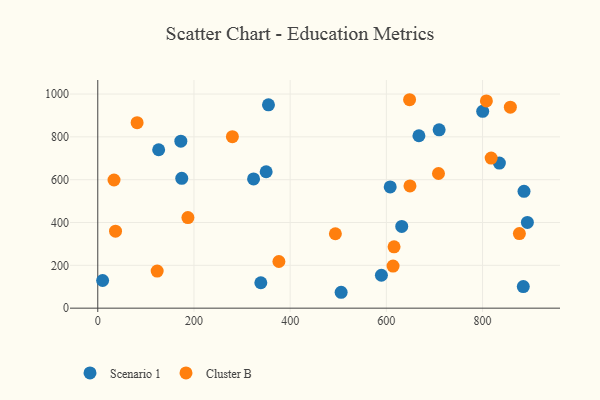
{"axis": {"x": "Investment", "y": "Yield"}, "legend": ["Cluster B", "Scenario 1"], "data": [{"x": "667.7", "y": 805.3, "type": "Scenario 1"}, {"x": "506.0", "y": 74.2, "type": "Scenario 1"}, {"x": "354.9", "y": 949.5, "type": "Scenario 1"}, {"x": "174.6", "y": 606.6, "type": "Scenario 1"}, {"x": "323.9", "y": 603.8, "type": "Scenario 1"}, {"x": "172.7", "y": 779.8, "type": "Scenario 1"}, {"x": "10.1", "y": 129.2, "type": "Scenario 1"}, {"x": "884.7", "y": 101.0, "type": "Scenario 1"}, {"x": "608.0", "y": 566.1, "type": "Scenario 1"}, {"x": "632.0", "y": 381.6, "type": "Scenario 1"}, {"x": "886.2", "y": 545.9, "type": "Scenario 1"}, {"x": "893.2", "y": 400.6, "type": "Scenario 1"}, {"x": "800.3", "y": 919.3, "type": "Scenario 1"}, {"x": "126.6", "y": 739.8, "type": "Scenario 1"}, {"x": "709.7", "y": 832.7, "type": "Scenario 1"}, {"x": "339.0", "y": 118.8, "type": "Scenario 1"}, {"x": "589.7", "y": 153.6, "type": "Scenario 1"}, {"x": "350.1", "y": 637.1, "type": "Scenario 1"}, {"x": "835.0", "y": 677.7, "type": "Scenario 1"}, {"x": "648.3", "y": 973.5, "type": "Cluster B"}, {"x": "36.9", "y": 359.4, "type": "Cluster B"}, {"x": "187.4", "y": 422.9, "type": "Cluster B"}, {"x": "708.4", "y": 628.9, "type": "Cluster B"}, {"x": "376.6", "y": 218.0, "type": "Cluster B"}, {"x": "33.8", "y": 598.5, "type": "Cluster B"}, {"x": "876.6", "y": 348.5, "type": "Cluster B"}, {"x": "857.8", "y": 938.8, "type": "Cluster B"}, {"x": "123.5", "y": 173.2, "type": "Cluster B"}, {"x": "279.9", "y": 801.1, "type": "Cluster B"}, {"x": "81.8", "y": 866.4, "type": "Cluster B"}, {"x": "494.0", "y": 347.6, "type": "Cluster B"}, {"x": "613.9", "y": 196.6, "type": "Cluster B"}, {"x": "616.0", "y": 286.3, "type": "Cluster B"}, {"x": "817.9", "y": 701.1, "type": "Cluster B"}, {"x": "808.0", "y": 968.1, "type": "Cluster B"}, {"x": "649.1", "y": 570.8, "type": "Cluster B"}]}